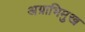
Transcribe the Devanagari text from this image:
अग्राभिमुख